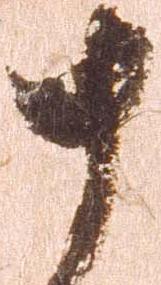
十